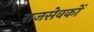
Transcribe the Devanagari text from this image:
राजसेवकों